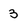
Character: 3